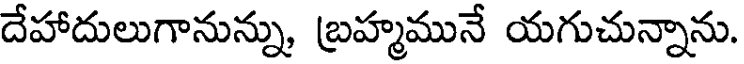
దేహాదులుగానున్ను, బ్రహ్మమునే యగుచున్నాను.